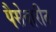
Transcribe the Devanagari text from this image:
पैसेवारीत